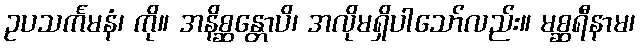
ဥပသင်္ကမနံ၊ ကို။ အနိစ္ဆန္တောပိ၊ အလိုမရှိပါသော်လည်း။ မစ္ဆရီနာမ၊